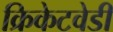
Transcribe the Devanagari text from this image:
क्रिकेटवेडी